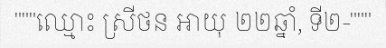
"""ឈ្មោះ ស្រីថន អាយុ ២២ឆ្នាំ, ទី២-"""